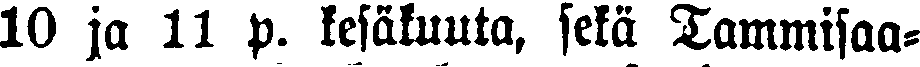
10 ja 11 p. kesäkuuta, sekä Tammisaa-